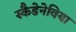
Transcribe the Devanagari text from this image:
स्कैडेनेविया